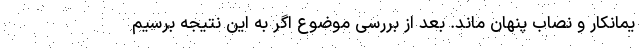
یمانکار و نصاب پنهان ماند. بعد از بررسی موضوع اگر به این نتیجه برسیم